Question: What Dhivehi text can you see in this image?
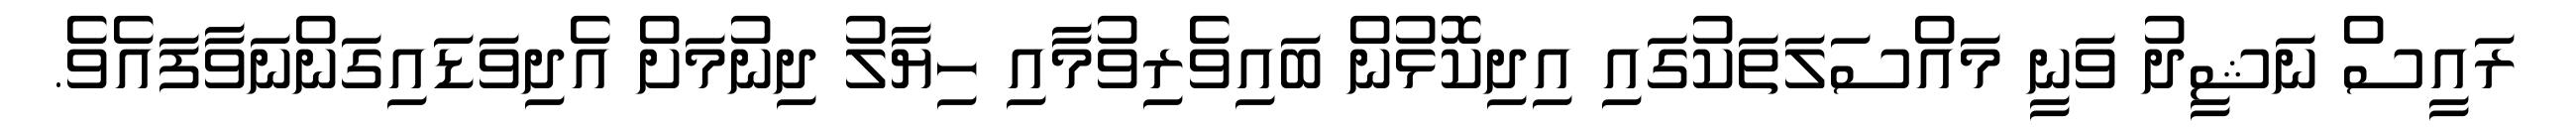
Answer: ރައީސް ނަޝީދު ވަނީ މައްސަލަތަކުގައި އިދިކޮޅުން ބައިވެރިވުމާއި ހިޔާލު ދިނުމަށް އެދިވަޑައިގަންނަވާފައެވެ.